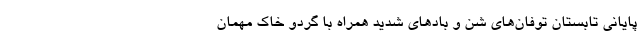
پایانی تابستان توفان‌های شن و بادهای شدید همراه با گردو خاک مهمان‌